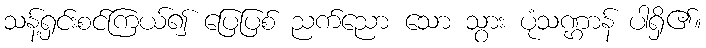
သန့်ရှင်းစင်ကြယ်၍ ပြေပြစ် ညက်ညော သော သွား ပုံသဏ္ဌာန် ပါရှိ၏။